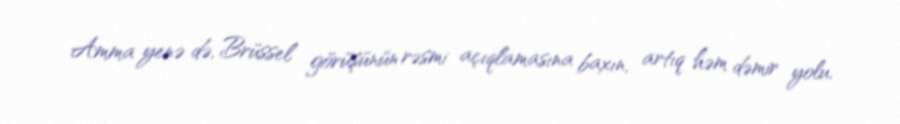
Amma yenə də, Brüssel görüşünün rəsmi açıqlamasına baxın, artıq həm dəmir yolu,